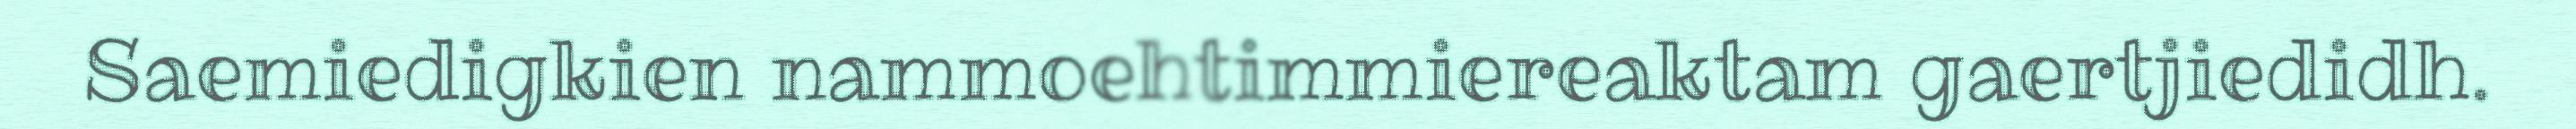
Saemiedigkien nammoehtimmiereaktam gaertjiedidh.